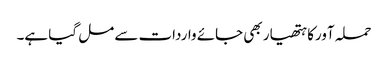
حملہ آورکا ہتھیار بھی جائے واردات سے مل گیا ہے۔